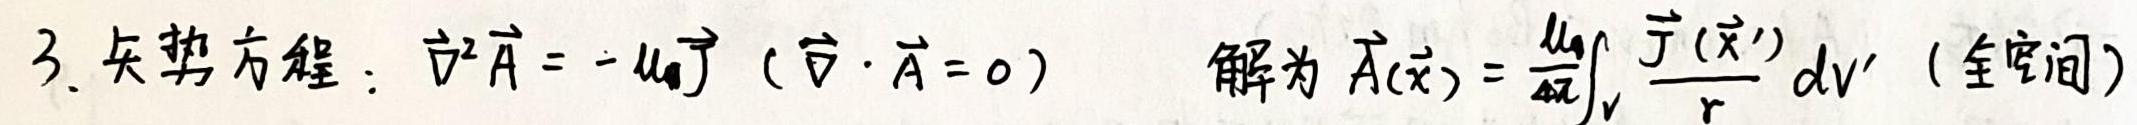
3. 矢势方程：$\vec{\nabla}^2 \vec{A} = -\mu_0 \vec{J} \ (\vec{\nabla} \cdot \vec{A} = 0)$  解为 $\vec{A}(\vec{x}) = \frac{\mu_0}{4\pi}\int_{V} \frac{\vec{J}(\vec{x}')}{r} dV'$（全空间）